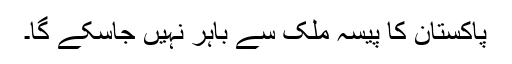
پاکستان کا پیسہ ملک سے باہر نہیں جاسکے گا۔